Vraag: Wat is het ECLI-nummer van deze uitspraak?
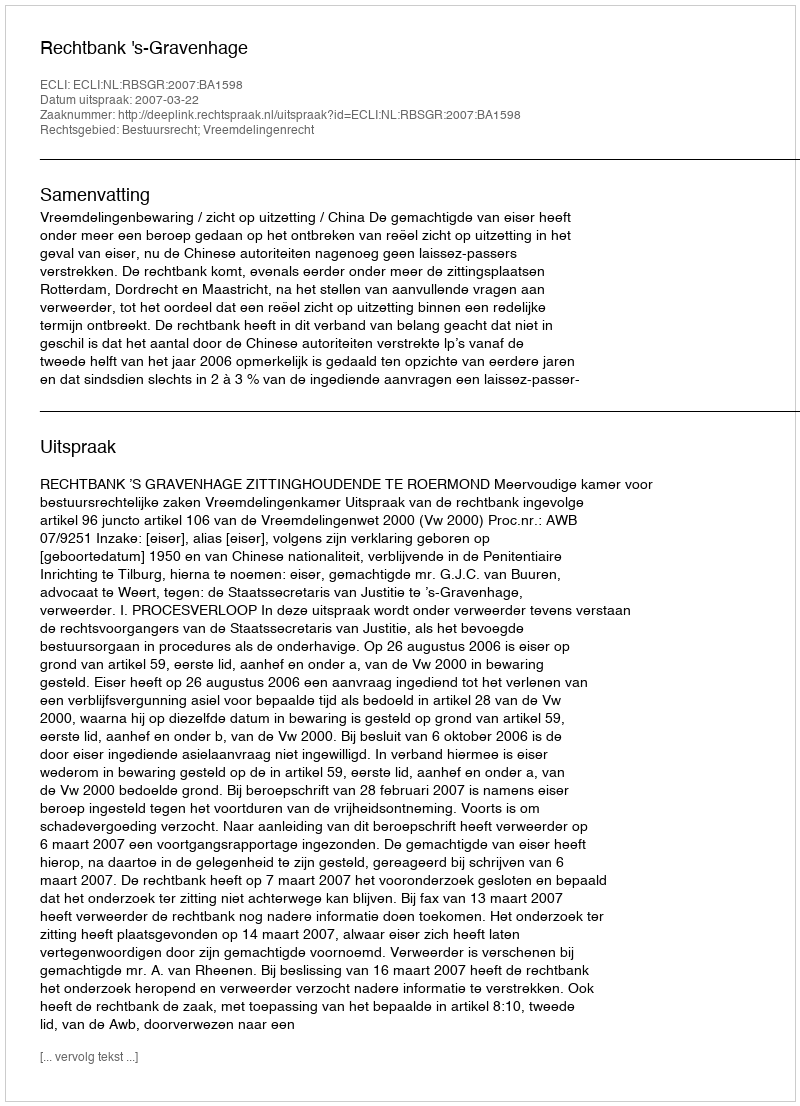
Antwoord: ECLI:NL:RBSGR:2007:BA1598